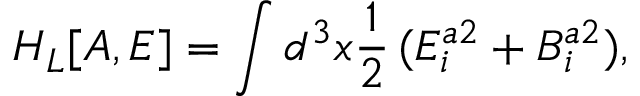
H _ { L } [ A , E ] = \int d ^ { 3 } x \frac { 1 } { 2 } \, ( E _ { i } ^ { a 2 } + B _ { i } ^ { a 2 } ) ,